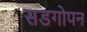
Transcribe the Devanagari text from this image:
सडगोपन